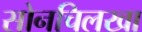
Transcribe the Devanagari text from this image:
सोनचिलखा